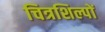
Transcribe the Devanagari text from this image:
चित्रशिल्पों